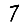
Digit: 7